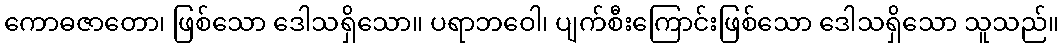
ကောဓဇာတော၊ ဖြစ်သော ဒေါသရှိသော။ ပရာဘဝေါ၊ ပျက်စီးကြောင်းဖြစ်သော ဒေါသရှိသော သူသည်။